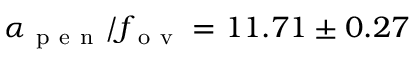
\alpha _ { \mathrm { ~ p ~ e ~ n ~ } } / f _ { \mathrm { ~ o ~ v ~ } } = 1 1 . 7 1 \pm 0 . 2 7